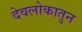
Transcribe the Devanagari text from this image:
देवलोकातुन